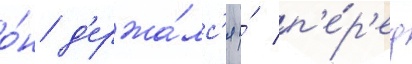
о́н д'ержа́лс'я и́ п'е́р'ед